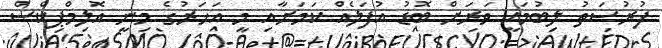
ފުރުސަތު ލިބުމަކީ ވަރަށް ބޮޑު އުފަލެއް ކަމަށާއި މި އަހަރުގެ މިނީ އޮލިމްޕިކްސް